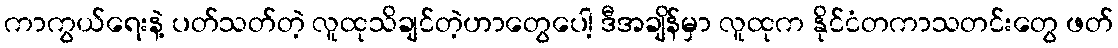
ကာကွယ်ရေးနဲ့ ပတ်သတ်တဲ့ လူထုသိချင်တဲ့ဟာတွေပေါ့ ဒီအချိန်မှာ လူထုက နိုင်ငံတကာသတင်းတွေ ဖတ်